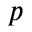
p